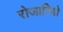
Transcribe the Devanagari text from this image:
रोजारियो